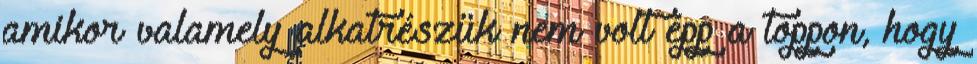
amikor valamely alkatrészük nem volt épp a toppon, hogy